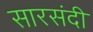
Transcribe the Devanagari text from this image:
सारसंदी